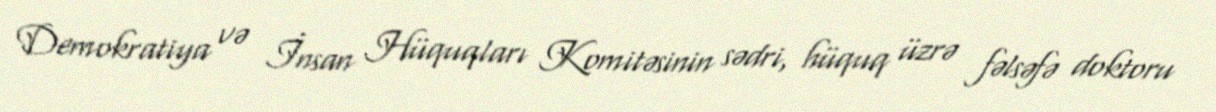
Demokratiya və İnsan Hüquqları Komitəsinin sədri, hüquq üzrə fəlsəfə doktoru